Annual administration report of the Civil Veterinary Department of India - 1902-1903
Year: 1902
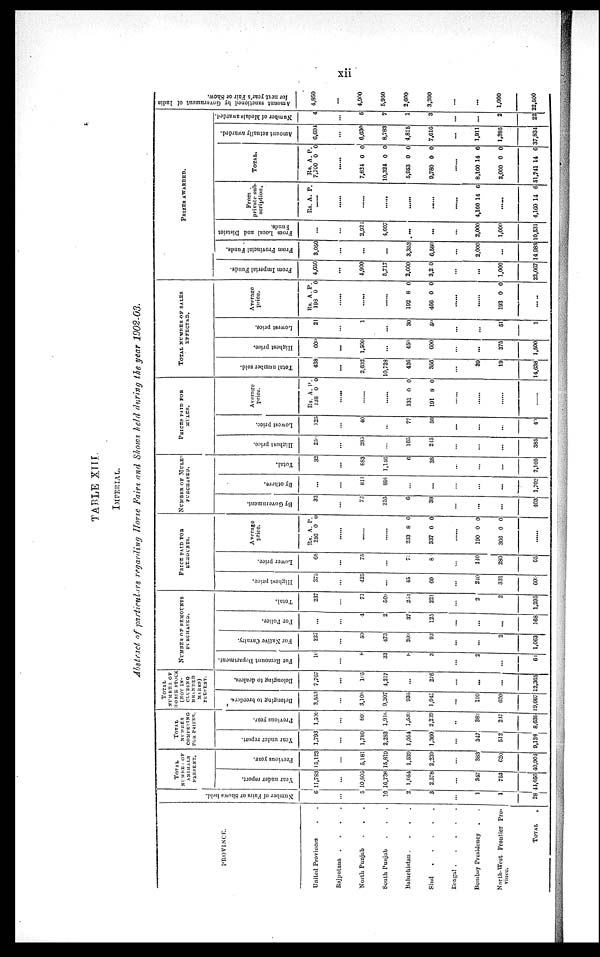
xii
TABLE XIII.
IMPERIAL.
Abstract of particulars regarding Horse Fairs and Shows held during the year 1902-03.
PROVINCE.
United Provinces . .
Rajputana .
.
.
.
North Punjab . . .
South Punjab . . .
Baluchistan .
.
.
.
Sind
.
.
.
.
Bengal
.
.
.
.
Bombay Presidency . .
North-West Frontier Pro-
vince.
TOTAL
.
Number of Fairs or Shows held.
6
...
5
10
2
3
...
1
1
28
TOTAL
NUMBER OF
ANIMALS
PRESENT.
Year under report.
11,783
...
10,805
16.736
1,054
2,578
...
347
753
44,056
Previous year.
15,123
...
5,181
15,819
1,539
2,239
...
383
620
40,904
TOTAL
NUMBER
COMPETING
FOR PRIZES.
Year under report.
1,793
...
1,789
2,283
1,054
1,360
...
347
512
9,138
Previous year.
1,509
...
803
1,916
1,539
2,239
..
383
247
8,636
TOTAL
NUMBER
OF
HORSE STOCK
(NOT IN¬
CLUDING
BRANDED
MARES)
PRESENT.
Belonging to breeders.
3,553
...
3,108
9,307
935
1,945
...
199
620
19,667
Belonging to dealers.
7,767
...
105
4,217
...
276
...
...
...
12,365
NUMBER
OF
REMOUNTS
PURCHASED.
For Remount Department.
16
...
8
33
8
3
...
2
...
64
For Native Cavalry.
227
...
59
473
209
93
...
...
2
1,063
For Police.
...
...
4
2
37
125
...
...
...
168
Total.
237
...
71
508
254
221
...
2
2
1,295
PRICE PAID FOR
REMOUNTS.
Highest price.
375
...
425
...
45
60
...
240
331
600
Lower price.
65
...
75
...
75
8
...
140
280
65
Average
price.
Rs.
256
A.
0
P.
0
......
......
......
233
337
8
0
0
0
........
190
306
0
0
0
0
.....
NUMBER
OF
MULES
PURCHASED.
By Government.
32
...
72
255
6
38
...
...
...
403
By others.
...
...
811
891
...
...
...
...
...
1,702
Total.
32
...
883
1,146
6
38
...
...
...
2,105
PRICES PAID FOR
MULES.
Highest price.
259
...
385
...
165
245
...
...
...
385
Lowest price.
125
...
40
...
77
50
...
...
...
40
Average
price.
Rs.
138
A.
0
P.
0
......
.....
.....
131
191
0
8
0
0
......
......
......
......
TOTAL NUMBER OF SALES
EFFECTED.
Total number sold.
438
...
2,632
10,728
426
356
...
39
19
14,638
Highest price.
600
...
1,500
...
450
600
...
...
375
1,500
Lowest price.
21
...
1
...
30
50
...
...
51
1
Average
price.
Rs.
198
A.
0
P.
0
......
......
......
192
466
8
0
0
0
......
......
193 0 0
PRIZES
AWARDED.
From Imperial Funds.
4,650
...
1,900
5,717
2,600
3,2 0
...
...
1,000
22,067
From Provincial Funds.
3,050
...
...
...
3,353
6,580
...
2,000
...
14,983
From Local and District
Funds.
...
...
2,924
4,607
...
...
...
2,000
1,000
10,531
From
private sub
scription.
Rs. A. P.
......
......
......
......
......
......
......
4,160 14 6
......
4,160 14 6
TOTAL.
Rs.
7,700
A.
0
P.
0
......
7,824
10,324
5,953
9,780
0
0
0
0
0
0
0
0
.......
8,160
2,000
51,741
14
0
14
6
0
6
Amount actually awarded.
6,694
...
6,630
8,783
4,815
7,616
...
1,911
1,385
37,834
Number of Medals awarded.
4
...
5
7
1
3
...
...
2
22
Amount sanctioned by Government of India
for next year's Fair or Show.
4,850
...
4,900
5,950
2,600
3,200
...
...
1,000
22,500